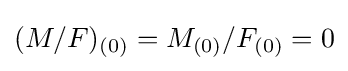
(M/F)_{(0)}=M_{(0)}/F_{(0)}=0